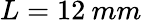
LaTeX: L=12\: mm